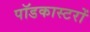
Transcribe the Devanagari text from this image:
पॉडकास्टरों